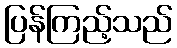
ပြန်ကြည့်သည်